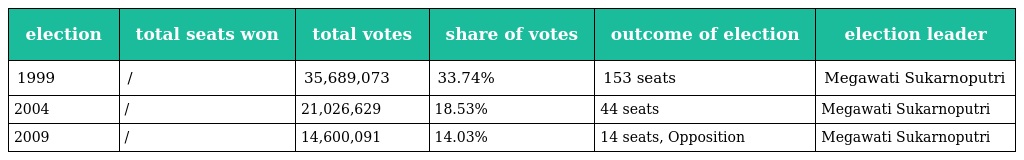
| election | total seats won | total votes | share of votes | outcome of election | election leader |
 | --- | --- | --- | --- | --- | --- |
 | 1999 | / | 35,689,073 | 33.74% | 153 seats | Megawati Sukarnoputri |
 | 2004 | / | 21,026,629 | 18.53% | 44 seats | Megawati Sukarnoputri |
 | 2009 | / | 14,600,091 | 14.03% | 14 seats, Opposition | Megawati Sukarnoputri |